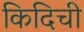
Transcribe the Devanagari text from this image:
किदिची